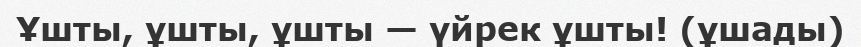
Ұшты, ұшты, ұшты — үйрек ұшты! (ұшады)